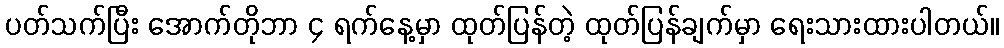
ပတ်သက်ပြီး အောက်တိုဘာ ၄ ရက်နေ့မှာ ထုတ်ပြန်တဲ့ ထုတ်ပြန်ချက်မှာ ရေးသားထားပါတယ်။